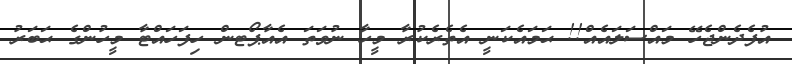
އުފެދެންޖެހޭ މައްސަލައެއް!! ޙަމައެކަނީ އެތެރެކުރާ މީހާ ނުވަތަ އެއާޕޯޓން ހިފަހައްޓާ މީހުންގެ ޙަބަރު